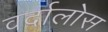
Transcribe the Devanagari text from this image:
वर्दालोस